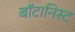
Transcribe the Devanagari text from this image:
बाॅटानिस्ट